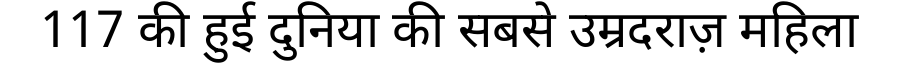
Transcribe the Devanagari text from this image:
117 की हुई दुनिया की सबसे उम्रदराज़ महिला